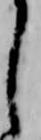
し